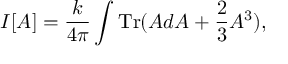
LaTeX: I [ A ] = \frac { k } { 4 \pi } \int \mathrm { T r } ( A d A + \frac { 2 } { 3 } A ^ { 3 } ) ,